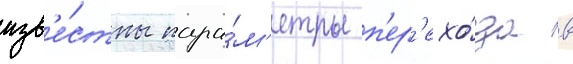
изв'е́стны пара́м'етры п'ер'ехо́да в